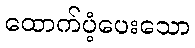
ထောက်ပံ့ပေးသော